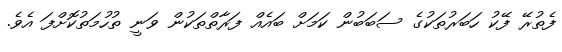
ފެތުރޭ ފޭކު ހަބަރުތަކުގެ ސަބަބުން ކަމަށް ބައެއް ފަރާތްތަކުން ވަނީ ތުހުމަތުކޮށްފަ އެވެ.